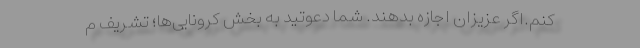
کنم.اگر عزیزان اجازه بدهند. شما دعوتید به بخش کرونایی‌ها؛ تشریف م